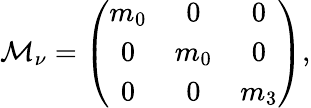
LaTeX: {\cal M}_{\nu}=\left(\begin{array}{ccc}{{m_{0}}}&{{0}}&{{0}}\\ {{0}}&{{m_{0}}}&{{0}}\\ {{0}}&{{0}}&{{m_{3}}}\end{array}\right),